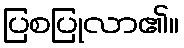
ပြစပြုလာ၏။